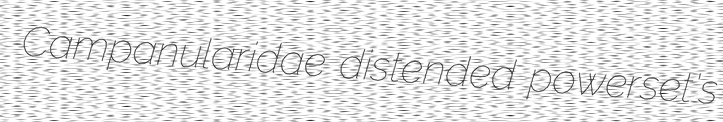
Campanularidae distended powerset's